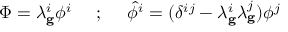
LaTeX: \Phi = \lambda _ { \bf g } ^ { i } \phi ^ { i } \ \ \ \ ; \ \ \ \ \hat { \phi } ^ { i } = ( \delta ^ { i j } - \lambda _ { \bf g } ^ { i } \lambda _ { \bf g } ^ { j } ) \phi ^ { j }